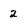
Character: 2